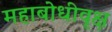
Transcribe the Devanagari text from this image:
महाबोधीवृक्ष